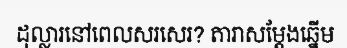
ដុល្លារនៅពេលសរសេរ? តារាសម្តែងឆ្នើម